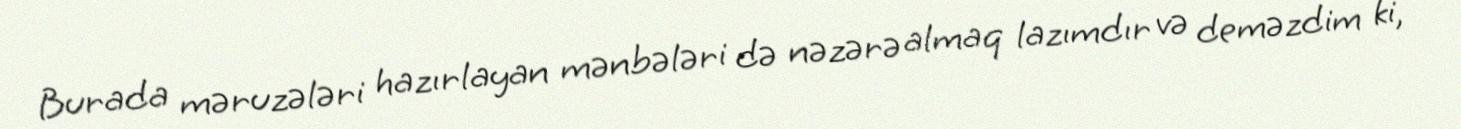
Burada məruzələri hazırlayan mənbələri də nəzərə almaq lazımdır və deməzdim ki,